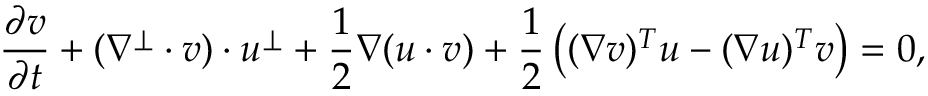
\frac { \partial v } { \partial t } + ( \nabla ^ { \perp } \cdot v ) \cdot u ^ { \perp } + \frac { 1 } { 2 } \nabla ( u \cdot v ) + \frac { 1 } { 2 } \left( ( \nabla v ) ^ { T } u - ( \nabla u ) ^ { T } v \right) = 0 ,